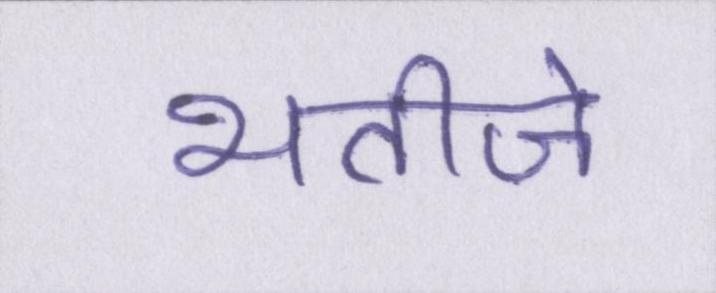
भतीजे